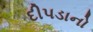
દીપડાનો